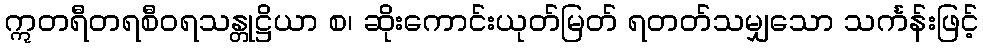
ဣတရီတရစီဝရသန္တုဋ္ဌိယာ စ၊ ဆိုးကောင်းယုတ်မြတ် ရတတ်သမျှသော သင်္ကန်းဖြင့်